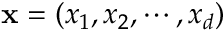
\mathbf x = ( x _ { 1 } , x _ { 2 } , \cdots , x _ { d } )